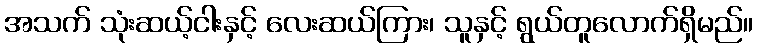
အသက် သုံးဆယ့်ငါးနှင့် လေးဆယ်ကြား၊ သူနှင့် ရွယ်တူလောက်ရှိမည်။